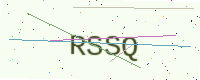
Text: RSSQ